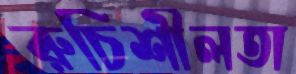
রুচিশীলতা